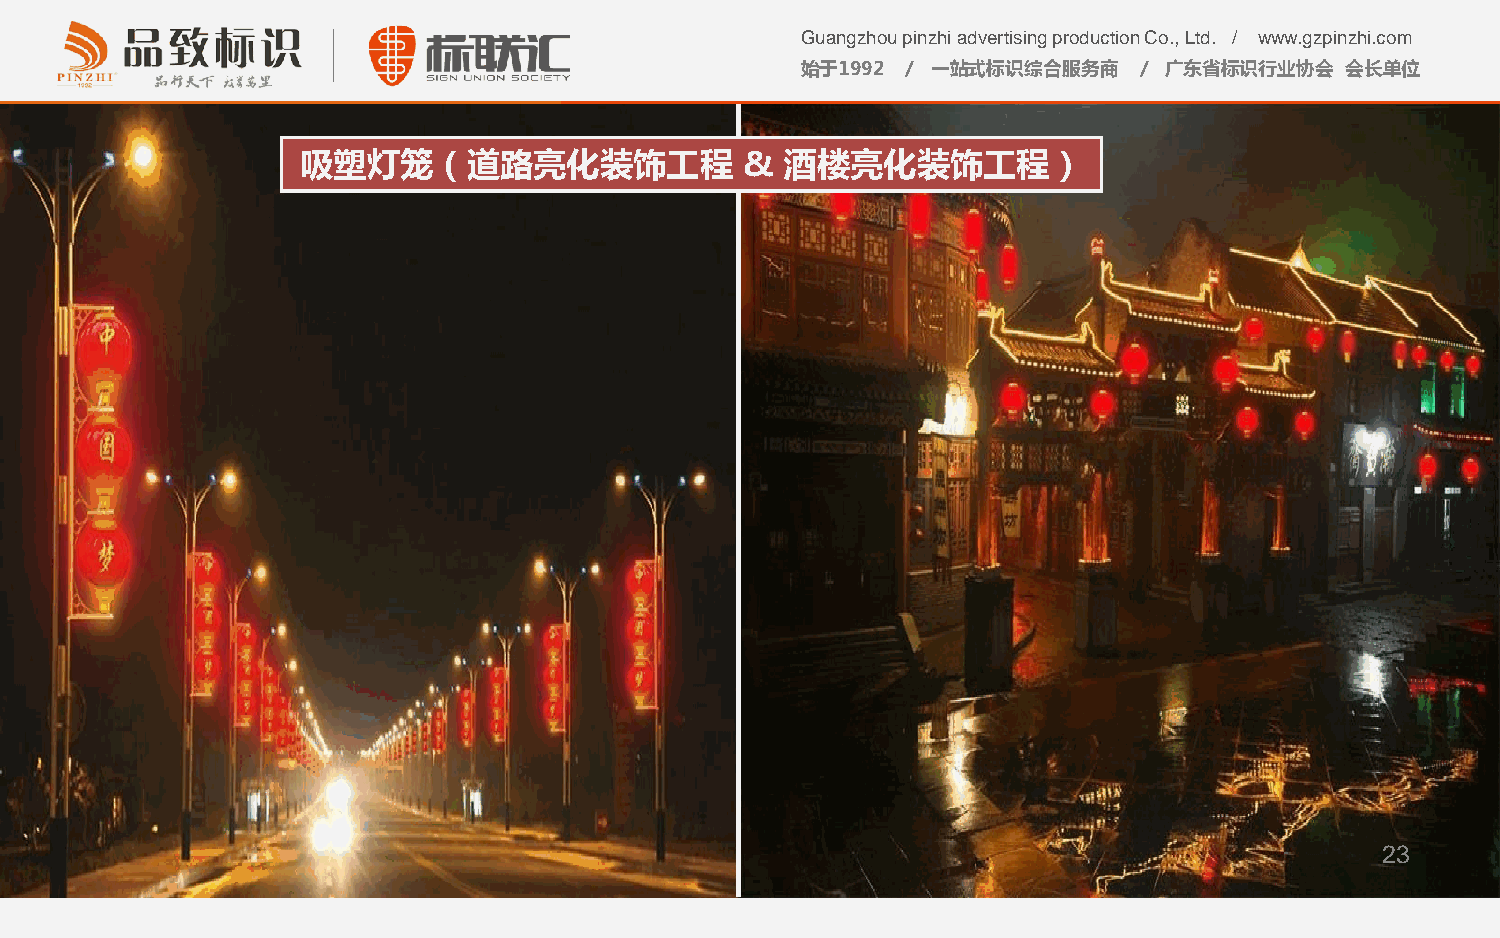
Guangzhou pinzhi advertising production Co., Ltd. / www.gzpinzhi.com
 始于1992 / 一站式标识综合服务商   / 广东省标识行业协会   会长单位
 吸塑灯笼（道路亮化装饰工程                &  酒楼亮化装饰工程）
 23